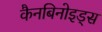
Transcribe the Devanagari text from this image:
कैनबिनोइड्स